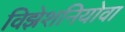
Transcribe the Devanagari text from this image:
विझेशनियोवा